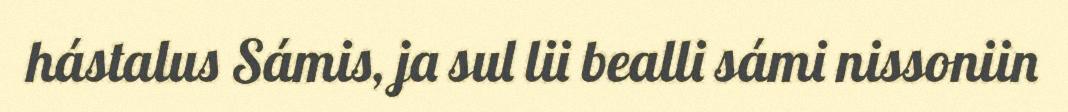
hástalus Sámis, ja sul lii bealli sámi nissoniin